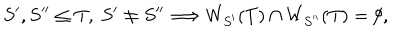
S ^ { \prime } , S ^ { \prime \prime } \leq T , \ S ^ { \prime } \not = S ^ { \prime \prime } \Longrightarrow W _ { S ^ { \prime } } ( T ) \cap W _ { S ^ { \prime \prime } } ( T ) = \emptyset ,